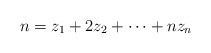
\begin{align*}n=z_1+2z_2+\cdots +nz_n\end{align*}